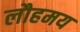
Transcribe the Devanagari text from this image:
लौहमय